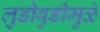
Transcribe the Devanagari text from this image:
लुडीबुडीमुळे